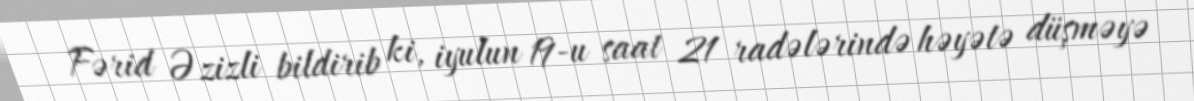
Fərid Əzizli bildirib ki, iyulun 19-u saat 21 radələrində həyətə düşməyə